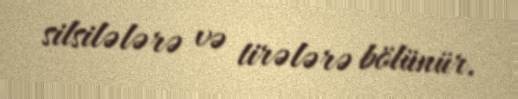
silsilələrə və tirələrə bölünür.